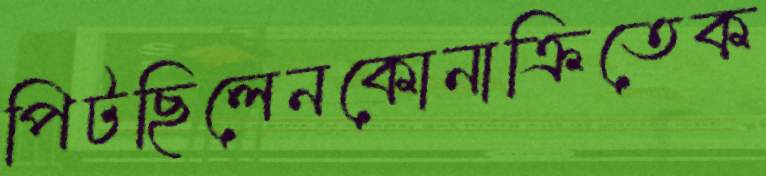
পিটছিলেনকোনাক্রিতেক